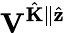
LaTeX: \mathbf{V}^{\hat{\mathbf{K}}\parallel\hat{\mathbf{z}}}